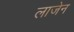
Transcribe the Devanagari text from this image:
लाजेन